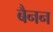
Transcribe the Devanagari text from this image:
बैनन